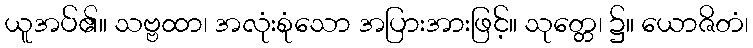
ယူအပ်၏။ သဗ္ဗထာ၊ အလုံးစုံသော အပြားအားဖြင့်။ သုတ္တေ၊ ၌။ ယောဇိတံ၊